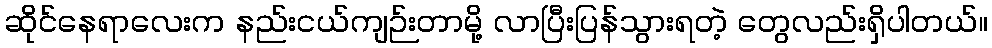
ဆိုင်နေရာလေးက နည်းငယ်ကျဉ်းတာမို့ လာပြီးပြန်သွားရတဲ့ တွေလည်းရှိပါတယ်။